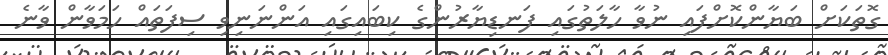
ގޮތަކަށް ބަޔާންކޮށްފައި ނުވާ ހާލަތުގައި ފަނޑިޔާރުންގެ ކިބައިގައި އަންނަނިވި ސިފަތައް ހަމަވާން ވާނެ